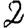
Digit: 2